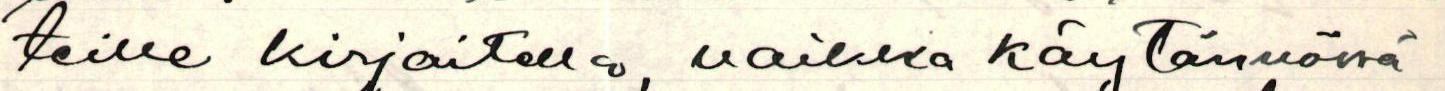
teille kirjoitella, vaikka käytännössä